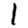
Digit: 1